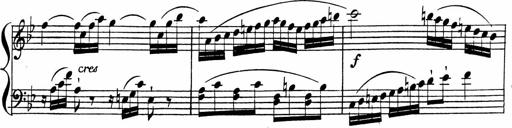
Title: 2 Piano Sonatinas
Composer: Ferdinand Ries